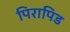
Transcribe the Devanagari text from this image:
पिरापिड